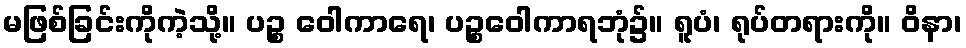
မဖြစ်ခြင်းကိုကဲ့သို့။ ပဉ္စ ဝေါကာရေ၊ ပဉ္စဝေါကာရဘုံ၌။ ရူပံ၊ ရုပ်တရားကို။ ဝိနာ၊